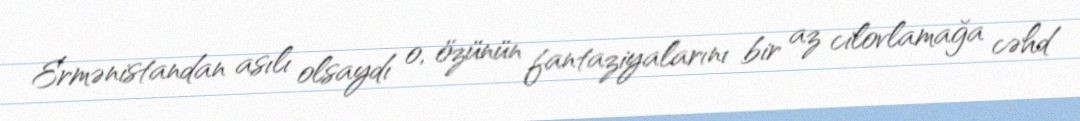
Ermənistandan asılı olsaydı o, özünün fantaziyalarını bir az cilovlamağa cəhd